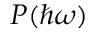
P ( \hbar \omega )